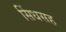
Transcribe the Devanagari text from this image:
सिंधसह